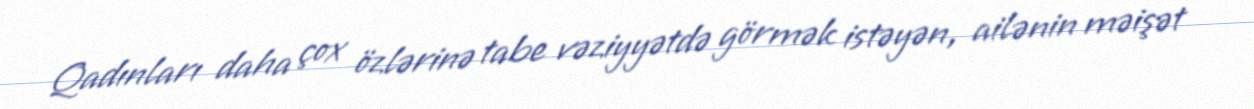
Qadınları daha çox özlərinə tabe vəziyyətdə görmək istəyən, ailənin məişət